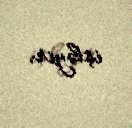
işləyir.